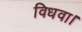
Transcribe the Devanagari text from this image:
विधवा।